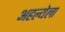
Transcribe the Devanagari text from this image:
अहल्येला